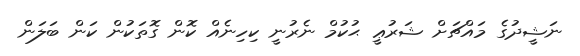
ނަޝީދުގެ މައްޗަށް ޝަރުޢީ ޙުކުމް ނެރުނީ ކިހިނެއް ކޮން ގޮތަކުން ކަން ބަލަން